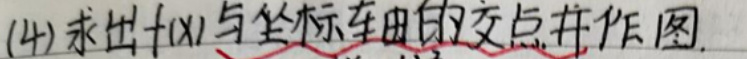
(4)求出$f(x)$与纵坐标的交点并作图.